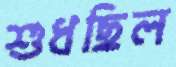
শুধছিল